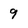
Character: 9